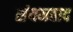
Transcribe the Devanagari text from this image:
संयमवाद